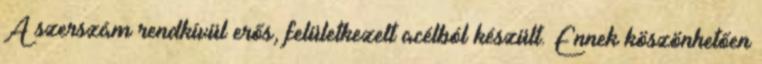
A szerszám rendkívül erős, felületkezelt acélból készült. Ennek köszönhetően